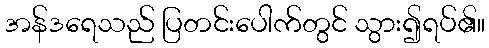
အန်ဒရေသည် ပြတင်းပေါက်တွင် သွား၍ရပ်၏။